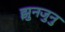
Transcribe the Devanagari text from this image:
झुनजुनु